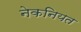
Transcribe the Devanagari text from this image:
नेकनियत